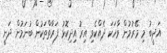
އަދީބު މި މޭރުމުން ވާހަކަ ދެއްކެވި އިރު އިދިކޮޅު ފަރާތްތަކުން ބުނަމުން ދަނީ